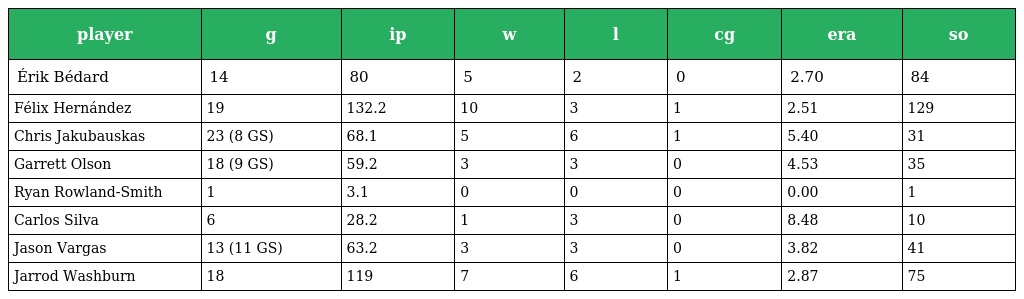
| player | g | ip | w | l | cg | era | so |
 | --- | --- | --- | --- | --- | --- | --- | --- |
 | Érik Bédard | 14 | 80 | 5 | 2 | 0 | 2.70 | 84 |
 | Félix Hernández | 19 | 132.2 | 10 | 3 | 1 | 2.51 | 129 |
 | Chris Jakubauskas | 23 (8 GS) | 68.1 | 5 | 6 | 1 | 5.40 | 31 |
 | Garrett Olson | 18 (9 GS) | 59.2 | 3 | 3 | 0 | 4.53 | 35 |
 | Ryan Rowland-Smith | 1 | 3.1 | 0 | 0 | 0 | 0.00 | 1 |
 | Carlos Silva | 6 | 28.2 | 1 | 3 | 0 | 8.48 | 10 |
 | Jason Vargas | 13 (11 GS) | 63.2 | 3 | 3 | 0 | 3.82 | 41 |
 | Jarrod Washburn | 18 | 119 | 7 | 6 | 1 | 2.87 | 75 |